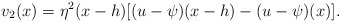
\begin{align*}v_{2}(x)= \eta^{2}(x-h) [(u-\psi)(x-h)-(u-\psi)(x)]. \end{align*}